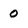
Character: 0